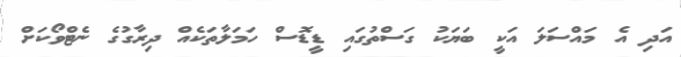
އަދި އެ މައްސަލަ އަކީ ބަޔަކު ގަސްތުގައި ޑީޑޮސް ހަމަލާތަކެއް ދިރާގުގެ ނެޓްވޯކަށް